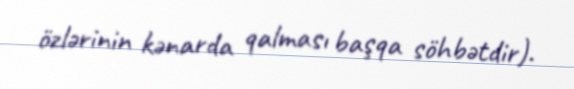
özlərinin kənarda qalması başqa söhbətdir).